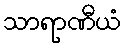
သာရာဏီယံ